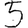
Digit: 5